Scientific memoirs by medical officers of the Army of India - Part VI,
Year: 1891
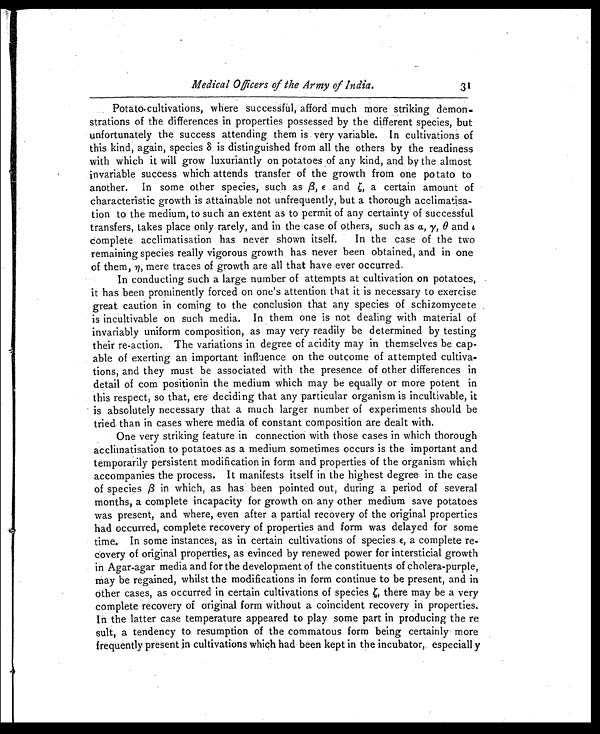
Medical Officers of the Army of India.
Potato-cultivations, where successful, afford much more striking demon-
- s t r a t i o n s o f t h e d i f f e r e n c e s i n p r o p e r t i e s p o s s e s s e d b y t h e d i f f e r e n t s p e c i e s , b u t
unfortunately the success attending them is very variable. In cultivations of
this kind, again, species δ is distinguished from all the others by the readiness
with which it will grow luxuriantly on potatoes of any kind, and by the almost
invariable success which attends transfer of the growth from one potato to
another. In some other species, such as ß,є andζ ,
a c e r t a i n a m o u n t o f
characteristic growth is attainable not unfrequently, but a thorough acclimatisa
- t i o n t o t h e m e d i u m , t o s u c h a n e x t e n t a s t o p e r m i t o f a n y c e r t a i n t y o f s u c c e s s f u l
transfers, takes place only rarely, and in the case of others, such as a, y, θ and i
complete acclimatisation has never shown itself. In the case of the two
remaining species really vigorous growth has never been obtained, and in one
of them, ή , mere traces of growth are all that have ever occurred.
In conducting such a large number of attempts at cultivation on potatoes,
it has been prominently forced on one's attention that it is necessary to exercise
great caution in coming to the conclusion that any species of schizomycete
is incultivable on such media. In them one is not dealing with material of
invariably uniform composition, as may very readily be determined by testing
their re-action. The variations in degree of acidity may in themselves be cap
- able of exerting an important influence on the outcome of attempted cultiva
- t i o n s , a n d t h e y m u s t b e a s s o c i a t e d w i t h t h e p r e s e n c e o f o t h e r d i f f e r e n c e s i n
detail of com positionin the medium which may be equally or more potent in
this respect, so that, ere deciding that any particular organism is incultivable, it
is absolutely necessary that a much larger number of experiments should be
tried than in cases where media of constant composition are dealt with.
One very striking feature in connection with those cases in which thorough
acclimatisation to potatoes as a medium sometimes occurs is the important and
temporarily persistent modification in form and properties of the organism which
accompanies the process. It manifests itself in the highest degree in the case
of species β in which, as has been pointed out, during a period of several
months, a complete incapacity for growth on any other medium save potatoes
was present, and where, even after a partial recovery of the original properties
had occurred, complete recovery of properties and form was delayed for some
time. In some instances, as in certain cultivations of species ε, a complete
re- covery of original properties, as evinced by renewed power for intersticial growth
in Agar-agar media and for the development of the constituents of cholera-purple,
may be regained, whilst the modifications in form continue to be present, and in
other cases, as occurred in certain cultivations of species t, there may be a very
complete recovery of original form without a coincident recovery in properties.
In the latter case temperature appeared to play some part in producing the re
suit, a tendency to resumption of the commatous form being certainly more
frequently present in cultivations which had been kept in the incubator, especially
31